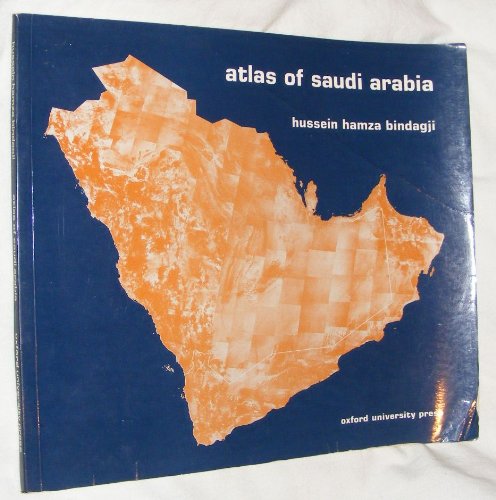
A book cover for Atlas of Saudi Arabia; Husayn Hamzah Bindaqji; Travel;